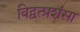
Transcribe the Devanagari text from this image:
विद्वत्प्रशंसा